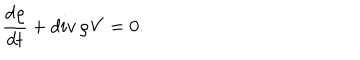
LaTeX: \frac { d \varrho } { d t } + d i v \, \varrho { \bf V } = 0 .